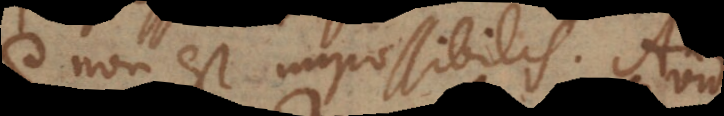
quae non est impossibilis. An